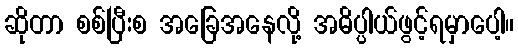
ဆိုတာ စစ်ပြီးစ အခြေအနေလို့ အဓိပ္ပါယ်ဖွင့်ရမှာပေါ့။